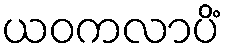
ယဝကလာပိံ